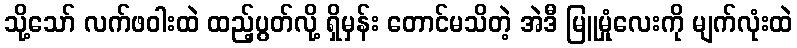
သို့သော် လက်ဖဝါးထဲ ထည့်ပွတ်လို့ ရှိမှန်း တောင်မသိတဲ့ အဲဒီ မြူမှုံလေးကို မျက်လုံးထဲ